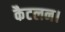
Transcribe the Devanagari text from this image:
कैटलन।